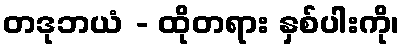
တဒုဘယံ - ထိုတရား နှစ်ပါးကို၊